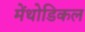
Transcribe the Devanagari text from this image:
मेंथोडिकल